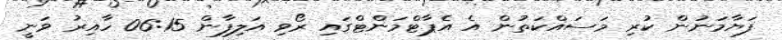
ފަޔާމަނުން ކުރި މަސައްކަތުން އެ އެޕާޓްމަންޓްގައި ރޯވި އަލިފާން 06:15 ހާއިރު ވަނީ